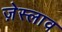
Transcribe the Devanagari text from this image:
ज़ेस्लाव